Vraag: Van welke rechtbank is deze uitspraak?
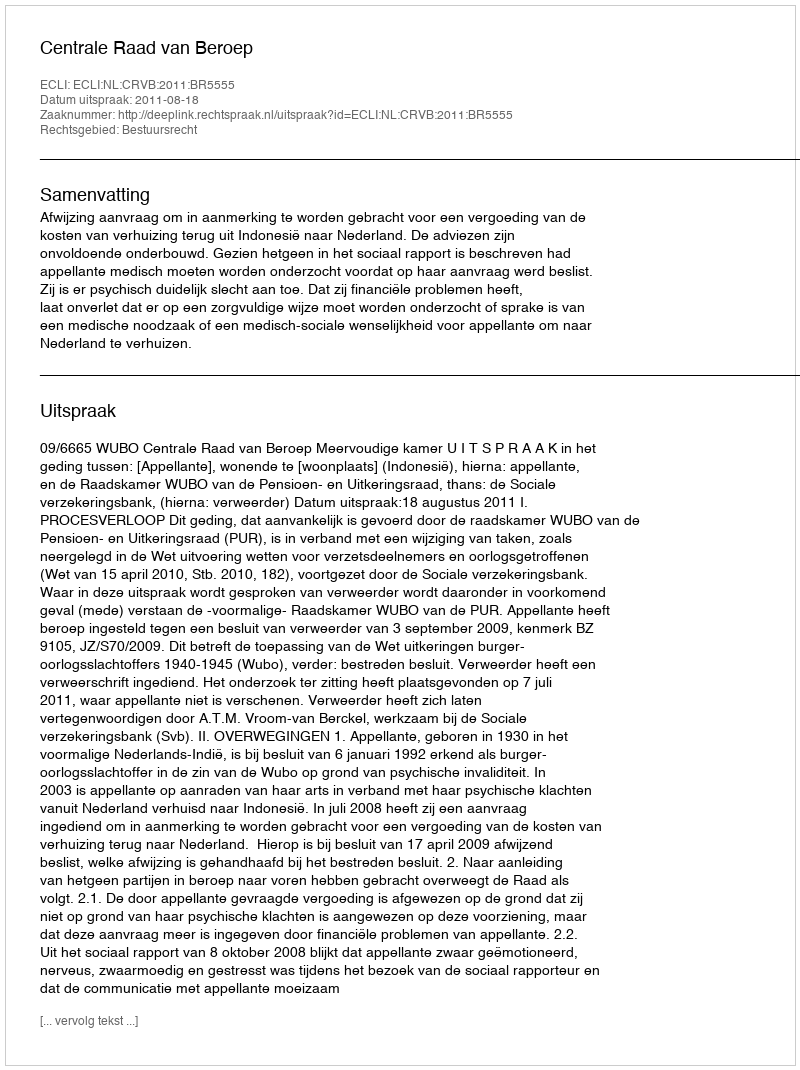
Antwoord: Centrale Raad van Beroep